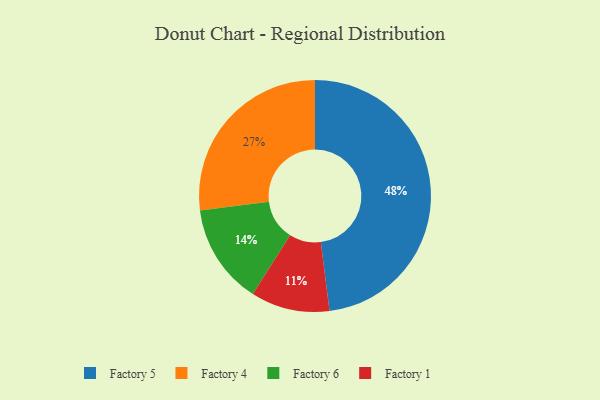
{"axis": {"x": "Category", "y": "Percentage"}, "legend": ["Factory 1", "Factory 4", "Factory 5", "Factory 6"], "data": [{"x": "Factory 5", "y": 48, "type": "Factory 5"}, {"x": "Factory 6", "y": 14, "type": "Factory 6"}, {"x": "Factory 1", "y": 11, "type": "Factory 1"}, {"x": "Factory 4", "y": 27, "type": "Factory 4"}]}